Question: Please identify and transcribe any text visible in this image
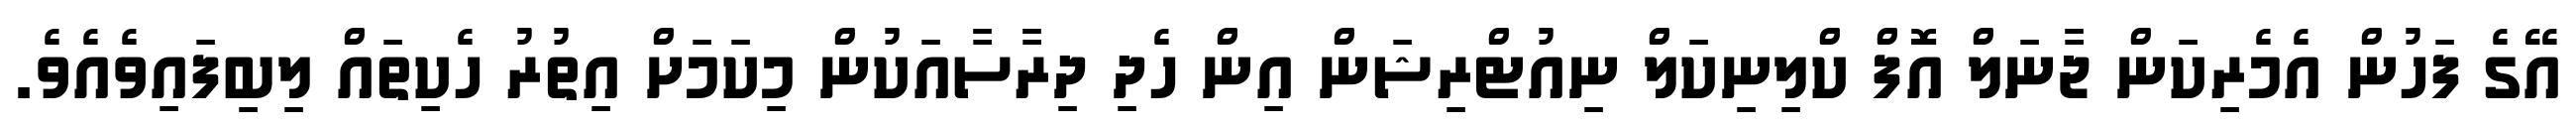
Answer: އޭގެ ފަހުން އެމެރިކަން ޖާނަލް އޮފް ކްލިނިކަލް ނިއުޓްރިޝަން އިން ހެދި ދިރާސާއަކުން މިކަމަށް އިތުރު ހެކިތައް ލިބިފައިވެއެވެ.